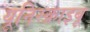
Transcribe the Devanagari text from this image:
यूनिस्क्राइबू